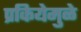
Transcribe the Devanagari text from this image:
प्रकियेमुळे